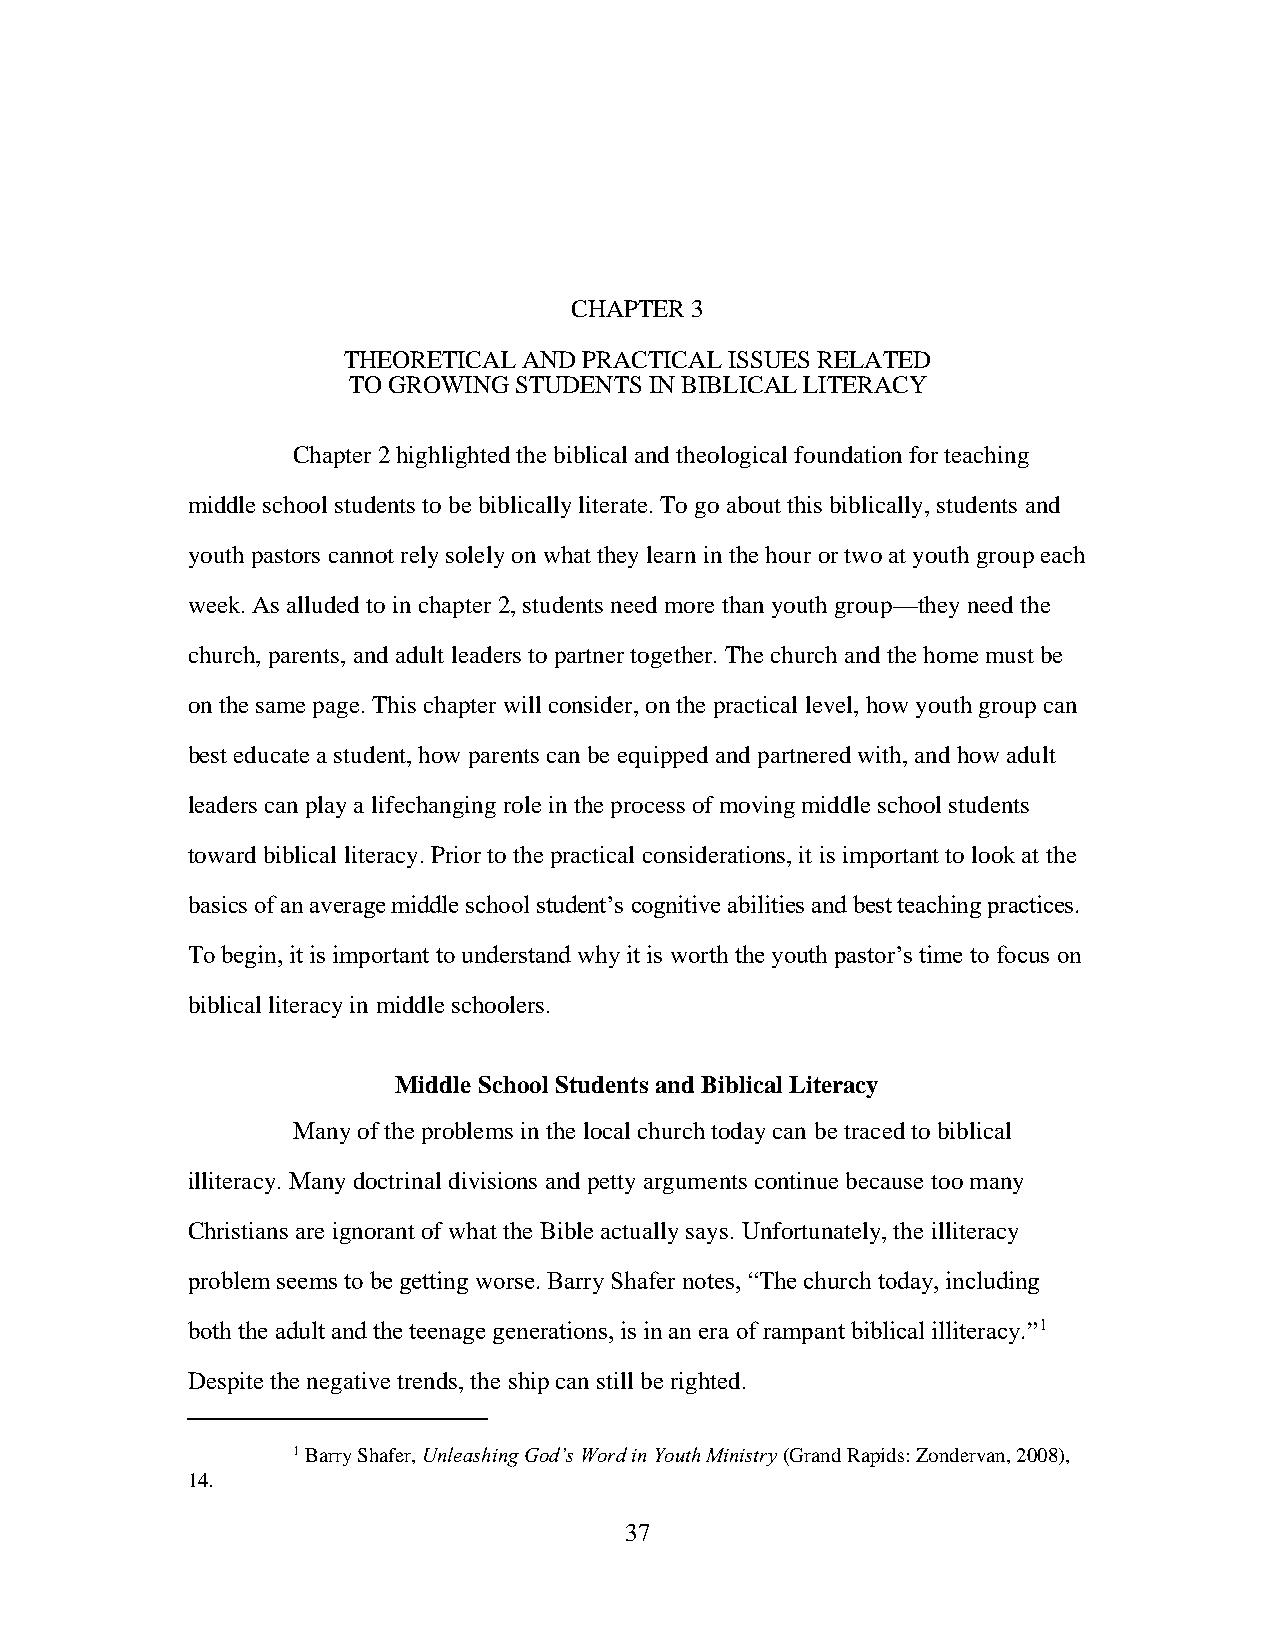
CHAPTER 3
 THEORETICAL AND PRACTICAL ISSUES RELATED
 TO GROWING STUDENTS IN BIBLICAL LITERACY
 Chapter 2 highlighted the biblical and theological foundation for teaching
 middle school students to be biblically literate. To go about this biblically, students and
 youth pastors cannot rely solely on what they learn in the hour or two at youth group each
 week. As alluded to in chapter 2, students need more than youth group—they need the
 church, parents, and adult leaders to partner together. The church and the home must be
 on the same page. This chapter will consider, on the practical level, how youth group can
 best educate a student, how parents can be equipped and partnered with, and how adult
 leaders can play a lifechanging role in the process of moving middle school students
 toward biblical literacy. Prior to the practical considerations, it is important to look at the
 basics of an average middle school student’s cognitive abilities and best teaching practices.
 To begin, it is important to understand why it is worth the youth pastor’s time to focus on
 biblical literacy in middle schoolers.
 Middle School Students and Biblical Literacy
 Many of the problems in the local church today can be traced to biblical
 illiteracy. Many doctrinal divisions and petty arguments continue because too many
 Christians are ignorant of what the Bible actually says. Unfortunately, the illiteracy
 problem seems to be getting worse. Barry Shafer notes, “The church today, including
 both the adult and the teenage generations, is in an era of rampant biblical illiteracy.”1
 Despite the negative trends, the ship can still be righted.
 1 Barry Shafer, Unleashing God’s Word in Youth Ministry (Grand Rapids: Zondervan, 2008),
 14.
 37